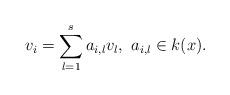
LaTeX: \begin{align*} v_i=\sum_{l=1}^s a_{i,l} v_l, \,\,a_{i,l}\in k(x).\end{align*}